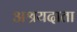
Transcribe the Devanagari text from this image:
अश्रयदाता